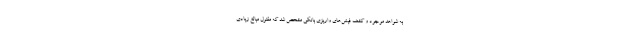
به شواهد موجود و کشف فیش‌های واریزی بانکی مشخص شد که مقتول مبالغ زیادی